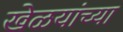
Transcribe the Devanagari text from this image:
खेळयांच्या